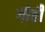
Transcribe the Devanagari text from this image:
गोठीं